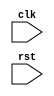
module ahb_controller (
    input wire clk,
    input wire rst,
    // add input/output ports as needed
    
    // define internal signals and variables
    
    // define modules for generating clock signals
    
    // define modules for managing data transfers and addressing
    
    // define modules for handling interruption requests
    
    // define modules for arbitration mechanisms
    
    // implement AHB protocol standards for timing control and synchronization
    
    // add your code here
);
    // add your code here
    
endmodule